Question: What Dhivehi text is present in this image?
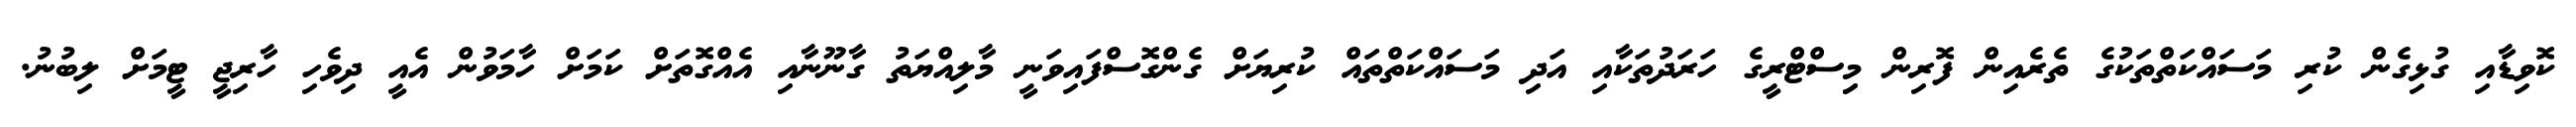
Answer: ކޮވިޑާއި ގުޅިގެން ކުރި މަސައްކަތްތަކުގެ ތެރެއިން ފޮރިން މިިސްޓްރީގެ ހަރަދުތަކާއި އަދި މަސައްކަތްތައް ކުރިޔަށް ގެންގޮސްފައިވަނީ މާލިއްޔަތު ގާނޫނާއި އެއްގޮތަށް ކަމަށް ހާމަވުން އެއީ ދިވެހި ހާރިޖީ ޓީމަށް ލިބުނު.